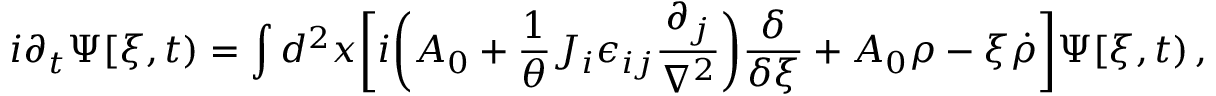
i \partial _ { t } \Psi [ \xi , t ) = \int d ^ { 2 } x \biggl [ i \biggl ( A _ { 0 } + { \frac { 1 } { \theta } } J _ { i } \epsilon _ { i j } { \frac { \partial _ { j } } { \nabla ^ { 2 } } } \biggr ) { \frac { \delta } { \delta \xi } } + A _ { 0 } \rho - \xi { \dot { \rho } } \biggr ] \Psi [ \xi , t ) \, ,